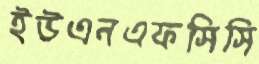
ইউএনএফসিসি